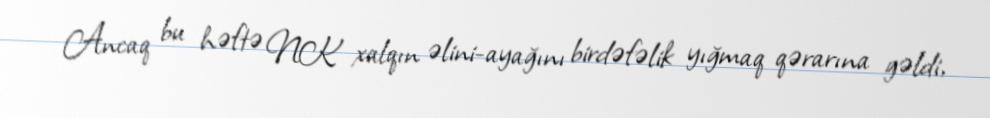
Ancaq bu həftə NK xalqın əlini-ayağını birdəfəlik yığmaq qərarına gəldi,